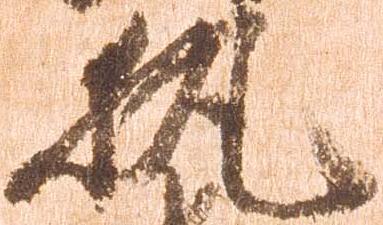
執